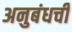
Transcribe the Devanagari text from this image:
अनुबंधची